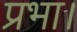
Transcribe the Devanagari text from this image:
प्रभा।